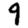
Digit: 9